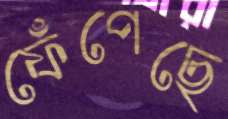
ফেঁপেছে